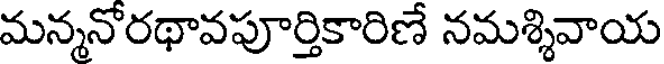
మన్మనోరథావపూర్తికారిణే నమశ్శివాయ